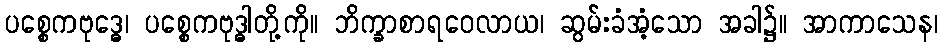
ပစ္စေကဗုဒ္ဓေ၊ ပစ္စေကဗုဒ္ဓါတို့ကို။ ဘိက္ခာစာရဝေလာယ၊ ဆွမ်းခံအံ့သော အခါ၌။ အာကာသေန၊